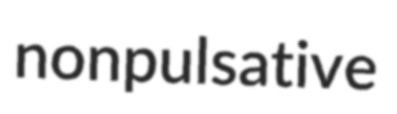
nonpulsative